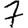
Digit: 7